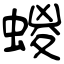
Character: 蝬